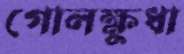
গোলক্ষুধা